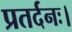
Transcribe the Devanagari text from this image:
प्रतर्दनः।